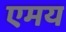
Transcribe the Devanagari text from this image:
एमय